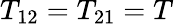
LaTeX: T_{12}=T_{21}=T